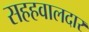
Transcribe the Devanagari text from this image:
सहहवालदार